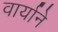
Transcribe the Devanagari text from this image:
वार्याने